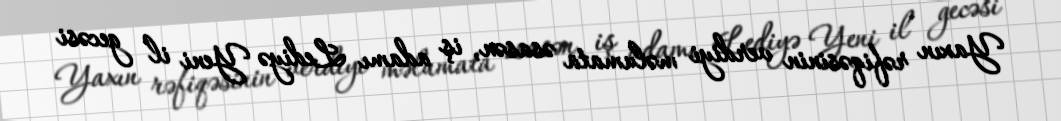
Yaxın rəfiqəsinin verdiyi məlumata əsasən, iş adamı Lediyə Yeni il gecəsi